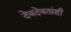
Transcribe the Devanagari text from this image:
देवदेवतांशी